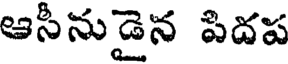
ఆసీనుడైన పిదప